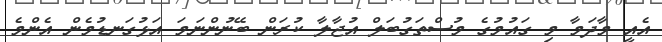
އެއީ މާދަމާ މި ގައުމުގެ މުސްތަގުބަލް އުޖާލާ ކުރަން ބޭނުންނަމަ އަޅުގަނޑުމެން އެންމެ